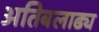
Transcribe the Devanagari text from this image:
अतिबलाढ्य